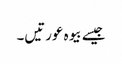
جیسے بیوہ عورتیں۔